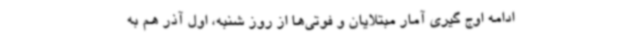
ادامه اوج گیری آمار مبتلایان و فوتی‌ها از روز شنبه، اول آذر هم به